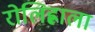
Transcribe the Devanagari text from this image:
रोलिह्लाला